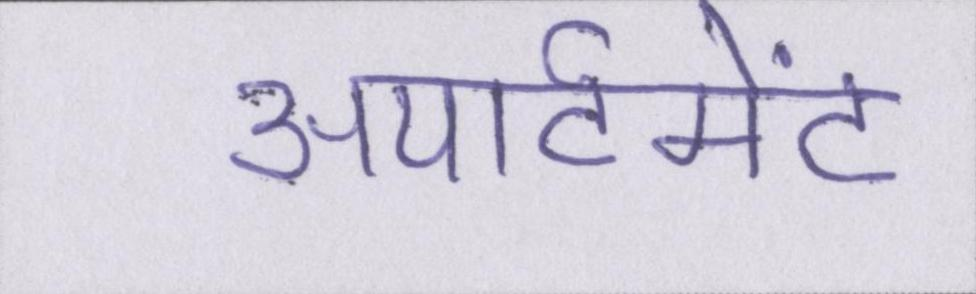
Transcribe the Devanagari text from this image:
अपार्टमेंट